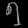
Digit: ၅